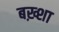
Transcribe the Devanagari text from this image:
बख़्शा